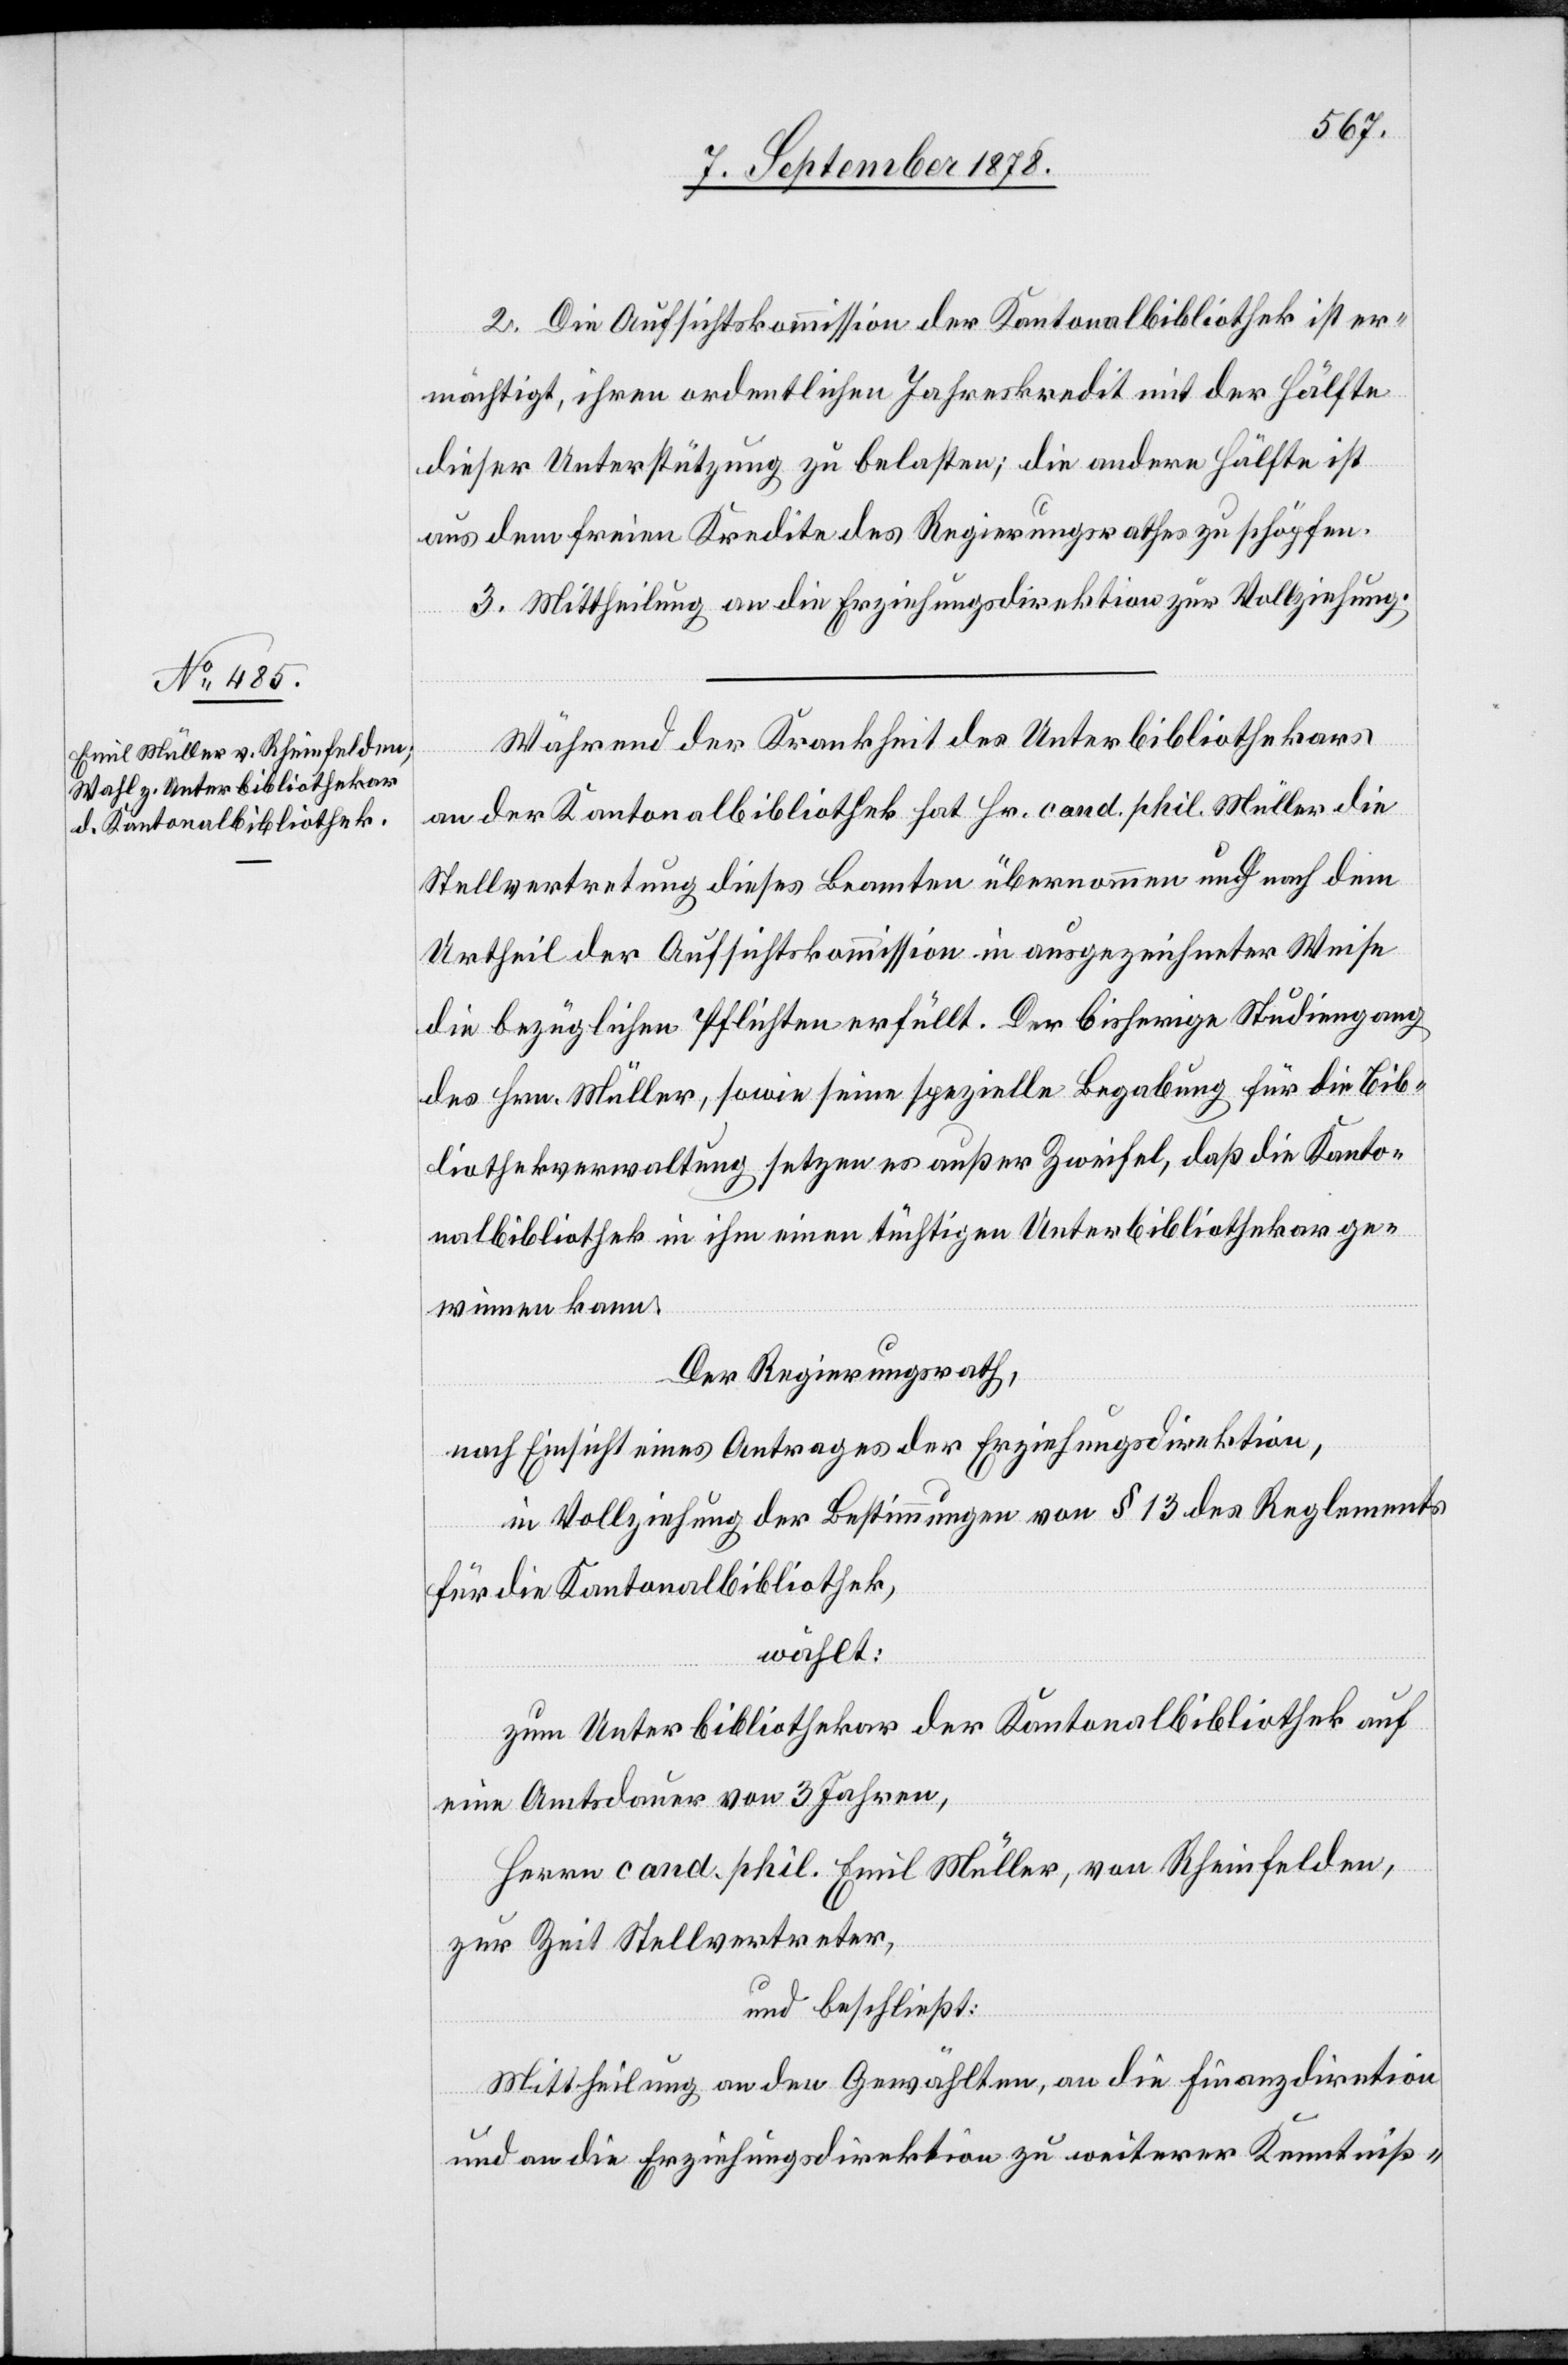
2. Die Aufsichtskommission der Kantonalbibliothek ist er¬
mächtigt, ihren ordentlichen Jahreskredit mit der Hälfte
dieser Unterstützung zu belasten; die andere Hälfte ist
aus dem freien Kredite des Regierungsrathes zu schöpfen.
3. Mittheilung an die Erziehungsdirektion zur Vollziehung.
Während der Krankheit des Unterbibliothekars
an der Kantonalbibliothek hat Hr. cand. phil. Müller die
Stellvertretung dieses Beamten übernommen und nach dem
Urtheil der Aufsichtskommission in ausgezeichneter Weise
die bezüglichen Pflichten erfüllt. Der bisherige Studiengang
des Hrn. Müller, sowie seine spezielle Begabung für die Bib¬
liotheksverwaltung setzen es außer Zweifel, daß die Kanto¬
nalbibliothek in ihm einen tüchtigen Unterbibliothekar ge¬
winnen kann.
Der Regierungsrath,
nach Einsicht eines Antrages der Erziehungsdirektion,
in Vollziehung der Bestimmungen von § 13 des Reglements
für die Kantonalbibliothek,
wählt:
zum Unterbibliothekar der Kantonalbibliothek auf
eine Amtsdauer von 3 Jahren,
Herrn cand. phil. Emil Müller, von Rheinfelden,
zur Zeit Stellvertreter,
und beschließt:
Mittheilung an den Gewählten, an die Finanzdirektion
und an die Erziehungsdirektion zu weiterer Kenntniß-